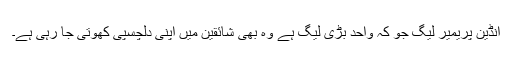
انڈین پریمیر لیگ جو کہ واحد بڑی لیگ ہے وہ بھی شائقین میں اپنی دلچسپی کھوتی جا رہی ہے۔